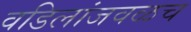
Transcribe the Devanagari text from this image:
वडिलांजवळच